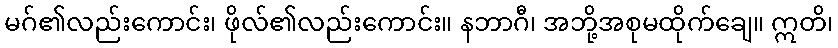
မဂ်၏လည်းကောင်း၊ ဖိုလ်၏လည်းကောင်း။ နဘာဂီ၊ အဘို့အစုမထိုက်ချေ။ ဣတိ၊